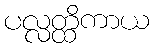
ပလ္လတ္ထိကာယ